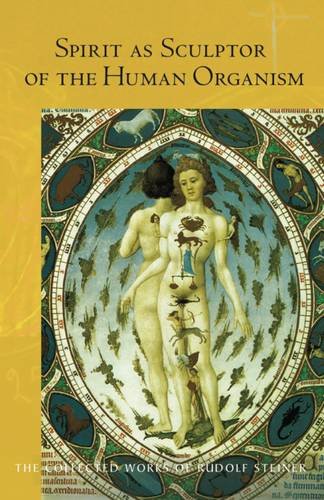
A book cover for Spirit as Sculptor of the Human Organism (Collected Works of Rudolf Steiner); Rudolf Steiner; Religion & Spirituality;